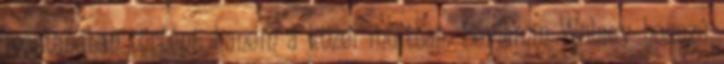
mostanában történt, hanem a közel múltban. Benjamin Wolsey hosszú